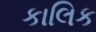
કાલિક